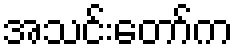
အသင်းတော်က